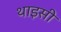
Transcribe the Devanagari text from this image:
थाइसी